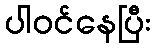
ပါဝင်နေပြီး